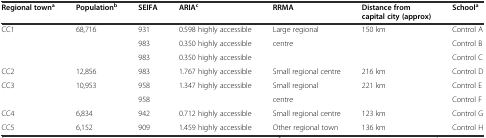
<table><thead><tr><td><b>Regional town<sup>a</sup></b></td><td><b>Population<sup>b</sup></b></td><td><b>SEIFA</b></td><td><b>ARIA<sup>c</sup></b></td><td><b>RRMA</b></td><td><b>Distance from capital city (approx)</b></td><td><b>School<sup>a</sup></b></td></tr></thead><tbody><tr><td rowspan="3">CC1</td><td rowspan="3">68,716</td><td>931</td><td>0.598 highly accessible</td><td>Large regional</td><td>150 km</td><td>Control A</td></tr><tr><td>983</td><td>0.350 highly accessible</td><td>centre</td><td></td><td>Control B</td></tr><tr><td>983</td><td>0.350 highly accessible</td><td></td><td></td><td>Control C</td></tr><tr><td>CC2</td><td>12,856</td><td>983</td><td>1.767 highly accessible</td><td>Small regional centre</td><td>216 km</td><td>Control D</td></tr><tr><td rowspan="2">CC3</td><td rowspan="2">10,953</td><td>958</td><td rowspan="2">1.347 highly accessible</td><td>Small regional</td><td>221 km</td><td>Control E</td></tr><tr><td>958</td><td>centre</td><td></td><td>Control F</td></tr><tr><td>CC4</td><td>6,834</td><td>942</td><td>0.712 highly accessible</td><td>Small regional centre</td><td>123 km</td><td>Control G</td></tr><tr><td>CC5</td><td>6,152</td><td>909</td><td>1.459 highly accessible</td><td>Other regional town</td><td>136 km</td><td>Control H</td></tr></tbody></table>